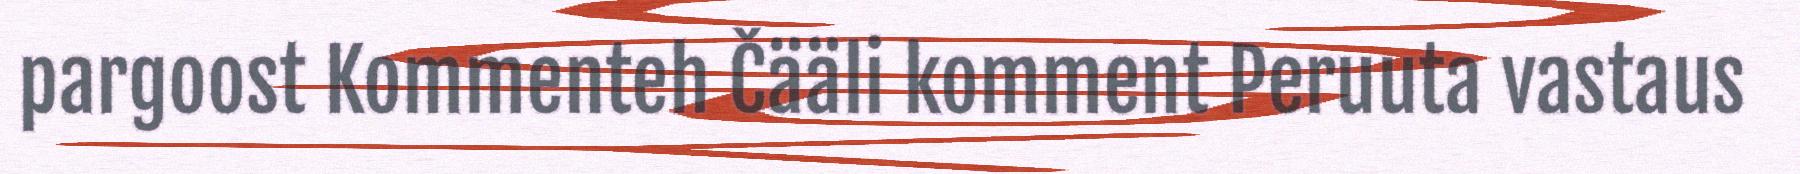
pargoost Kommenteh Čääli komment Peruuta vastaus